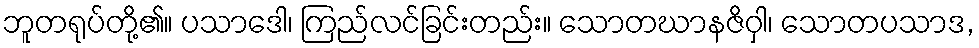
ဘူတရုပ်တို့၏။ ပသာဒေါ၊ ကြည်လင်ခြင်းတည်း။ သောတဃာနဇိဝှါ၊ သောတပသာဒ,